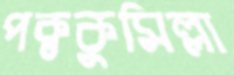
পক্বকুমিল্লা